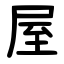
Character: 屋